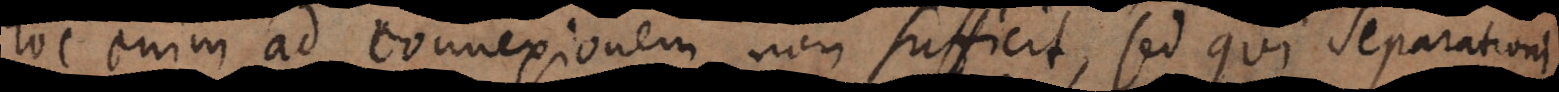
hoc enim ad connexionem non sufficit, sed qui separationi